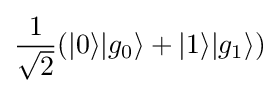
{\frac {1}{\sqrt {2}}}(|0\rangle |g_{0}\rangle +|1\rangle |g_{1}\rangle )